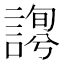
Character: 𧪱